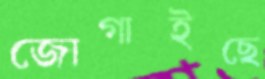
জোগাইছে